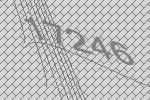
17246